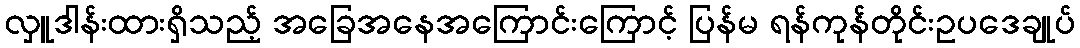
လှူဒါန်းထားရှိသည့် အခြေအနေအကြောင်းကြောင့် ပြန်မ ရန်ကုန်တိုင်းဥပဒေချုပ်